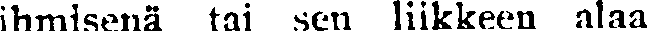
ihmisenä tai sen liikkeen alaa